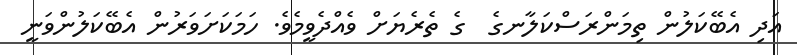
އަދި އެބޭކަލުން ތިމަންރަސްކަލާނގެ  ގެ ތެރެޔަށް ވެއްދެވީމެވެ. ހަމަކަށަވަރުން އެބޭކަލުންވަނީ